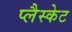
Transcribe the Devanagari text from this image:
प्लैस्केट